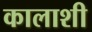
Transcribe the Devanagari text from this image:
कालाशी